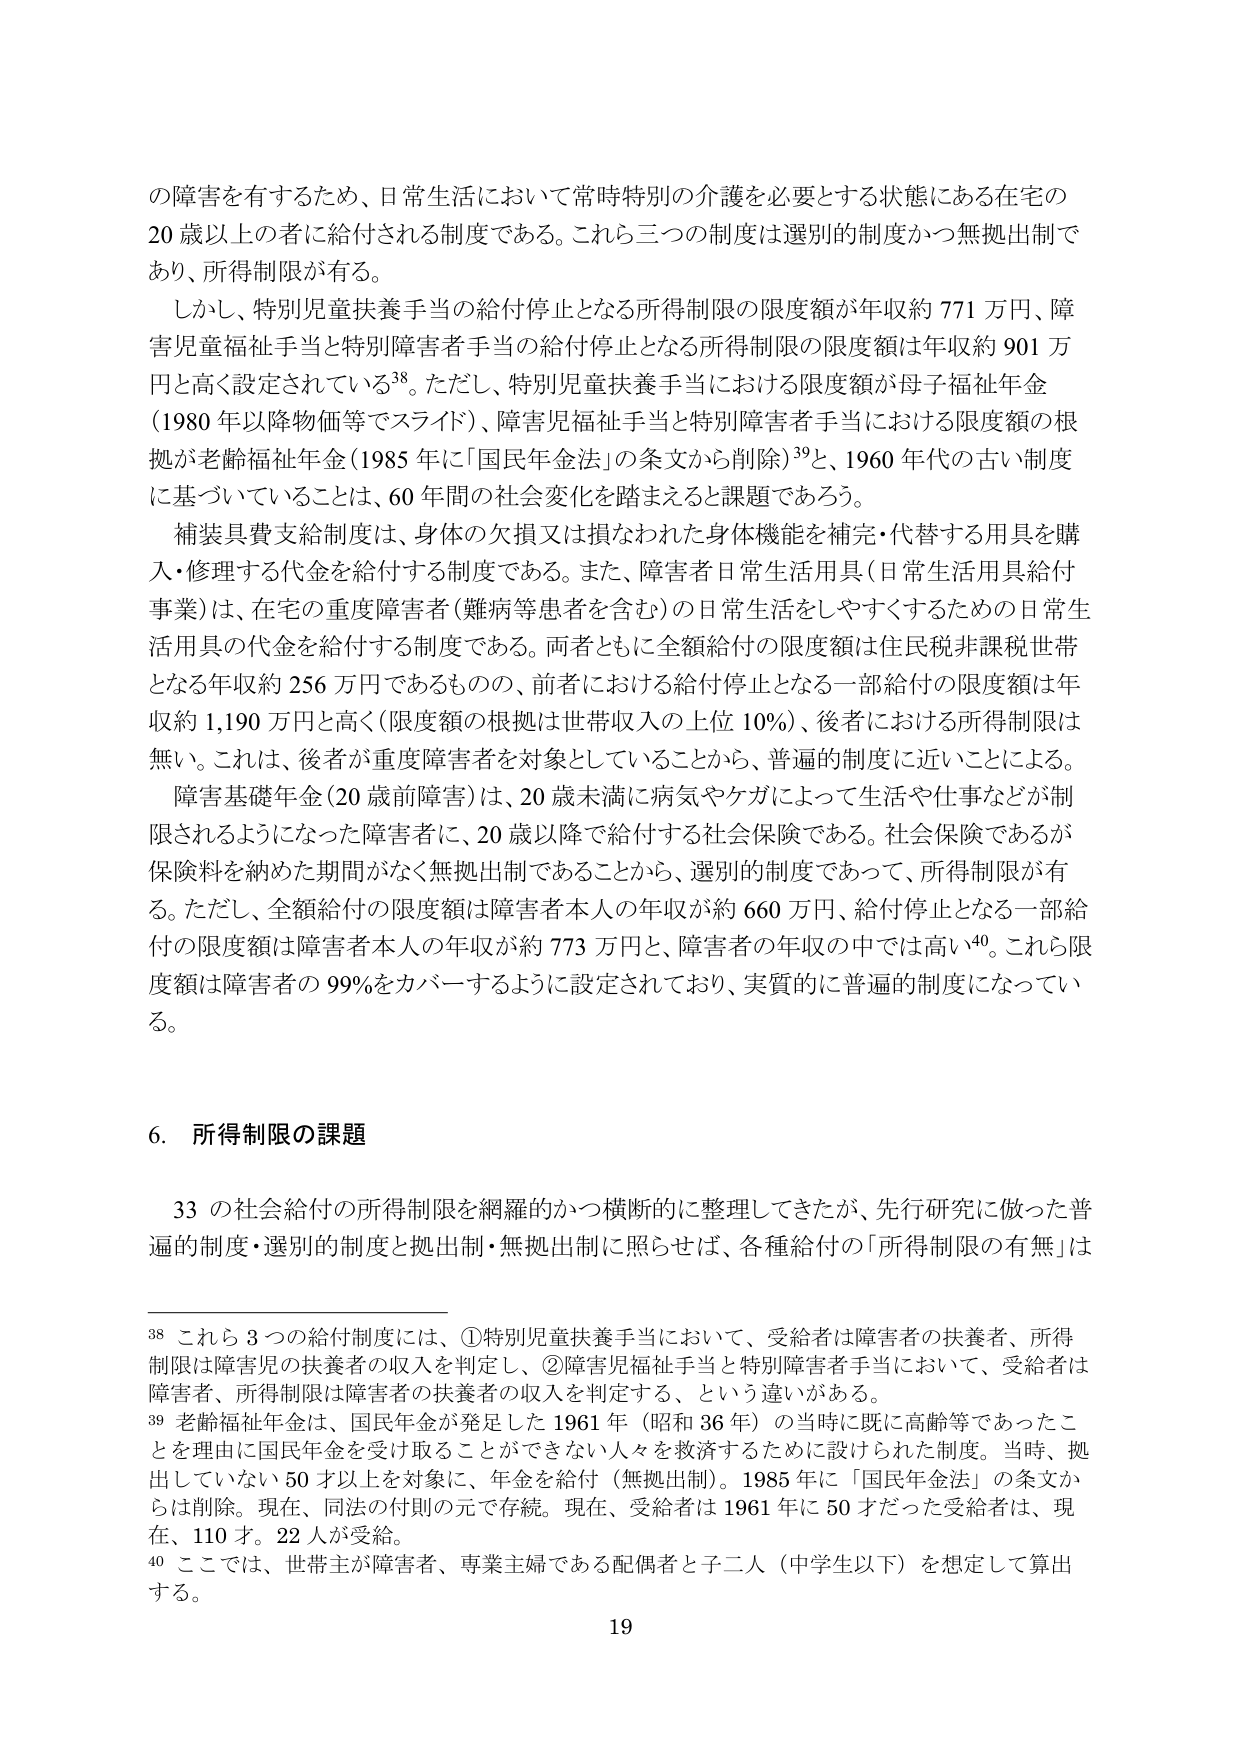
の障害を有するため、日常生活において常時特別の介護を必要とする状態にある在宅の
20 歳以上の者に給付される制度である。これら三つの制度は選別的制度かつ無拠出制で
あり、所得制限が有る。
しかし、特別児童扶養手当の給付停止となる所得制限の限度額が年収約 771 万円、障
害児童福祉手当と特別障害者手当の給付停止となる所得制限の限度額は年収約 901 万
円と高く設定されている38。ただし、特別児童扶養手当における限度額が母子福祉年金
（1980 年以降物価等でスライド）、障害児福祉手当と特別障害者手当における限度額の根
拠が老齢福祉年金（1985 年に「国民年金法」の条文から削除）39と、1960 年代の古い制度
に基づいていることは、60 年間の社会変化を踏まえると課題であろう。
補装具費支給制度は、身体の欠損又は損なわれた身体機能を補完・代替する用具を購
入・修理する代金を給付する制度である。また、障害者日常生活用具（日常生活用具給付
事業）は、在宅の重度障害者（難病等患者を含む）の日常生活をしやすくするための日常生
活用具の代金を給付する制度である。両者ともに全額給付の限度額は住民税非課税世帯
となる年収約 256 万円であるものの、前者における給付停止となる一部給付の限度額は年
収約 1,190 万円と高く（限度額の根拠は世帯収入の上位 10%）、後者における所得制限は
無い。これは、後者が重度障害者を対象としていることから、普遍的制度に近いことによる。
障害基礎年金（20 歳前障害）は、20 歳未満に病気やケガによって生活や仕事などが制
限されるようになった障害者に、20 歳以降で給付する社会保険である。社会保険であるが
保険料を納めた期間がなく無拠出制であることから、選別的制度であって、所得制限が有
る。ただし、全額給付の限度額は障害者本人の年収が約 660 万円、給付停止となる一部給
付の限度額は障害者本人の年収が約 773 万円と、障害者の年収の中では高い40。これら限
度額は障害者の 99%をカバーするように設定されており、実質的に普遍的制度になってい
る。

6．所得制限の課題
33 の社会給付の所得制限を網羅的かつ横断的に整理してきたが、先行研究に倣った普
遍的制度・選別的制度と拠出制・無拠出制に照らせば、各種給付の「所得制限の有無」は

38 これら 3 つの給付制度には、①特別児童扶養手当において、受給者は障害者の扶養者、所得
制限は障害児の扶養者の収入を判定し、②障害児福祉手当と特別障害者手当において、受給者は
障害者、所得制限は障害者の扶養者の収入を判定する、という違いがある。
39 老齢福祉年金は、国民年金が発足した 1961 年（昭和 36 年）の当時に既に高齢等であったこ
とを理由に国民年金を受け取ることができない人々を救済するために設けられた制度。当時、拠
出していない 50 才以上を対象に、年金を給付（無拠出制）。1985 年に「国民年金法」の条文か
らは削除。現在、同法の付則の元で存続。現在、受給者は 1961 年に 50 才だった受給者は、現
在、110 才。22 人が受給。
40 ここでは、世帯主が障害者、専業主婦である配偶者と子二人（中学生以下）を想定して算出
する。
19